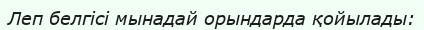
Леп белгісі мынадай орындарда қойылады: